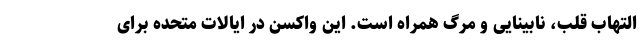
التهاب قلب، نابینایی و مرگ همراه است. این واکسن در ایالات متحده برای